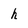
Character: h